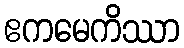
ဧကမေကိဿာ